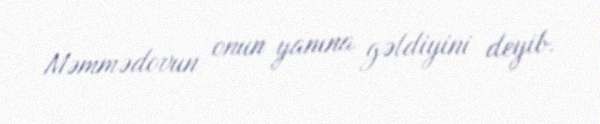
Məmmədovun onun yanına gəldiyini deyib.